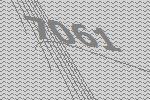
7061